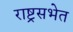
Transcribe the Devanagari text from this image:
राष्ट्रसभेत